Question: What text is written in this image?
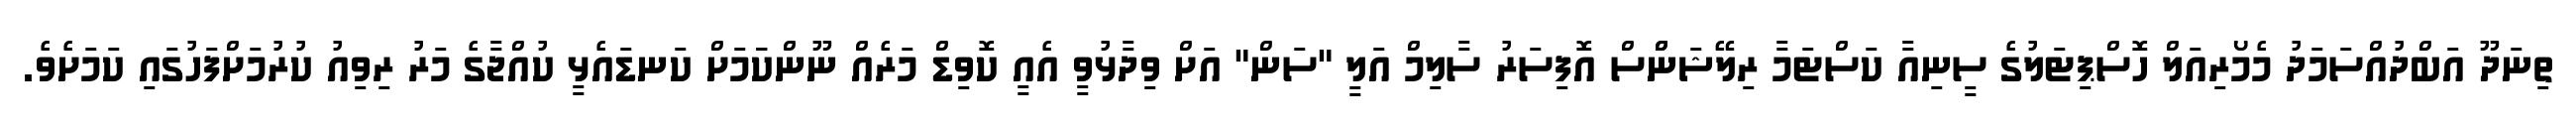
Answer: ތިނަދޫ އަބްދުއްސަމަދު މެމޯރިއަލް ހޮސްޕިޓަލުގެ ސީނިއާ ކަސްޓަމާ ރިލޭޝަންްސް އޮފިސަރު ސާލިމް އަލީ "ސަން" އަށް ވިދާޅުވީ އެއީ ކޮވިޑް މަރެއް ނޫންކަަމަށް ކަނޑައެޅީ ކުއްޖާގެ މަރު ރިވިއު ކުރުމަށްފަހުގައި ކަމަށެވެ.